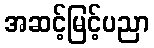
အဆင့်မြင့်ပညာ